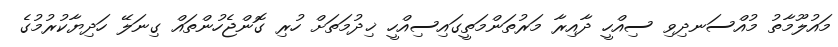
މައުލޫމާތު މުއްސަނދިވި ސިއްހީ ދާއިރާ މަރުތަންމަތީގައިސިއްހީ ޚިދުމަތަށް ހުރި ގޮންޖެހުންތައް ގިނަލޭ ހަދިޔާކުރުމުގެ